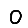
Digit: 0